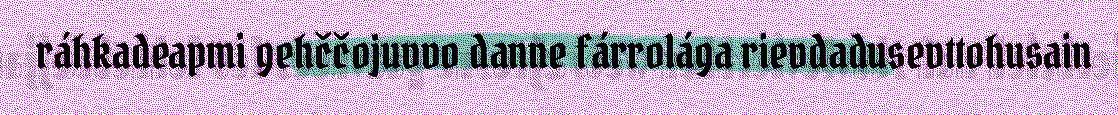
ráhkadeapmi gehččojuvvo danne fárrolága rievdadusevttohusain